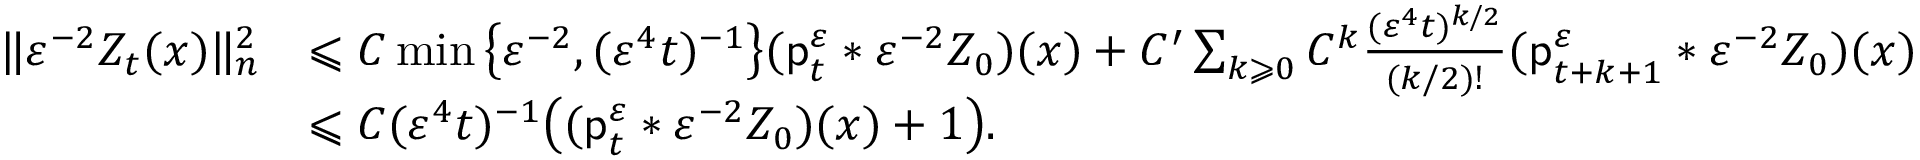
\begin{array} { r l } { \| \varepsilon ^ { - 2 } Z _ { t } ( x ) \| _ { n } ^ { 2 } } & { \leqslant C \operatorname* { m i n } \big \{ \varepsilon ^ { - 2 } , ( \varepsilon ^ { 4 } t ) ^ { - 1 } \big \} ( \mathsf { p } _ { t } ^ { \varepsilon } \ast \varepsilon ^ { - 2 } Z _ { 0 } ) ( x ) + C ^ { \prime } \sum _ { k \geqslant 0 } C ^ { k } \frac { ( \varepsilon ^ { 4 } t ) ^ { k / 2 } } { ( k / 2 ) ! } ( \mathsf { p } _ { t + k + 1 } ^ { \varepsilon } \ast \varepsilon ^ { - 2 } Z _ { 0 } ) ( x ) } \\ & { \leqslant C ( \varepsilon ^ { 4 } t ) ^ { - 1 } \big ( ( \mathsf { p } _ { t } ^ { \varepsilon } \ast \varepsilon ^ { - 2 } Z _ { 0 } ) ( x ) + 1 \big ) . } \end{array}